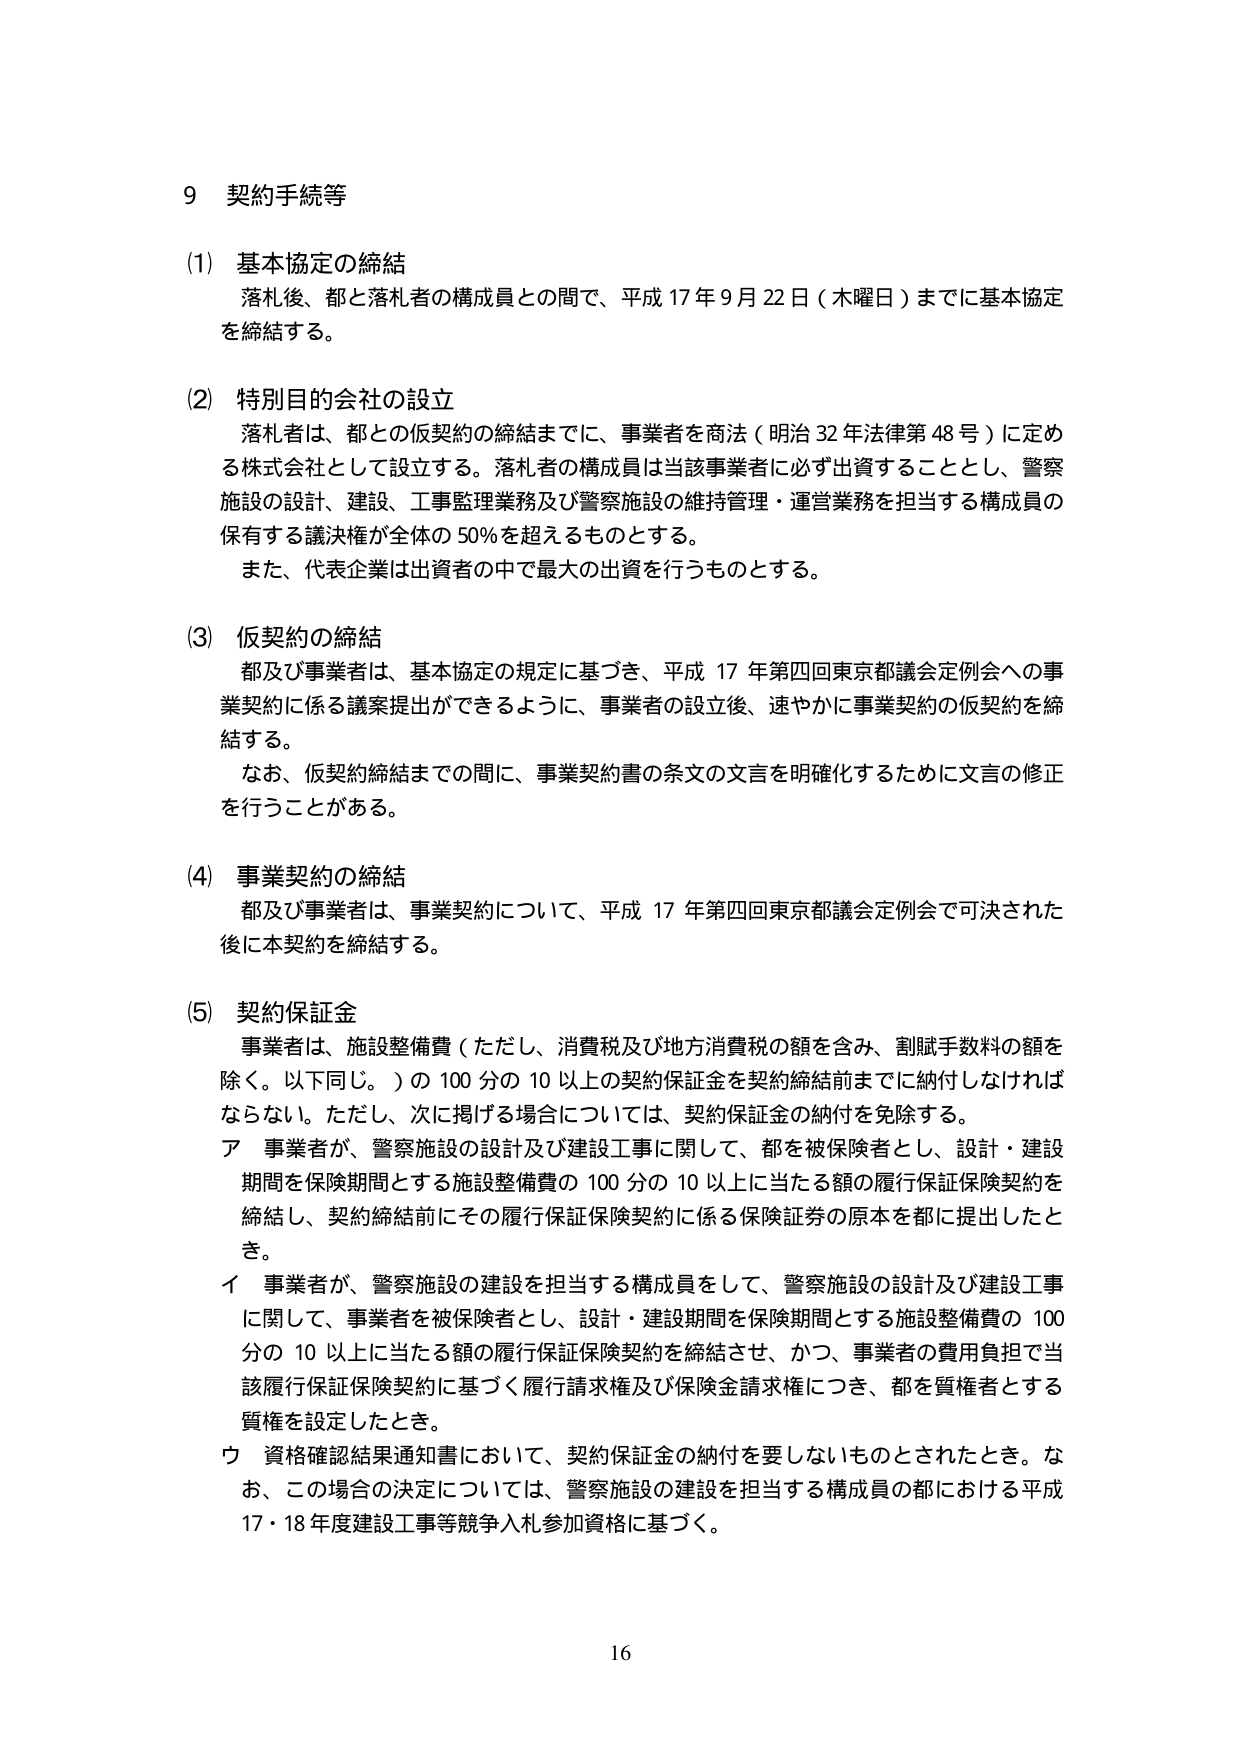
9 契約手続等

(1) 基本協定の締結
落札後、都と落札者の構成員との間で、平成17年9月22日（木曜日）までに基本協定を締結する。

(2) 特別目的会社の設立
落札者は、都との仮契約の締結までに、事業者を商法（明治32年法律第48号）に定める株式会社として設立する。落札者の構成員は当該事業者に必ず出資することとし、警察施設の設計、建設、工事監理業務及び警察施設の維持管理・運営業務を担当する構成員の保有する議決権が全体の50％を超えるものとする。
また、代表企業は出資者の中で最大の出資を行うものとする。

(3) 仮契約の締結
都及び事業者は、基本協定の規定に基づき、平成17年第4回東京都議会定例会への事業契約に係る議案提出ができるように、事業者の設立後、速やかに事業契約の仮契約を締結する。
なお、仮契約締結までの間に、事業契約書の条文の文言を明確化するために文言の修正を行うことがある。

(4) 事業契約の締結
都及び事業者は、事業契約について、平成17年第4回東京都議会定例会で可決された後に本契約を締結する。

(5) 契約保証金
事業者は、施設整備費（ただし、消費税及び地方消費税の額を含み、割賦手数料の額を除く。以下同じ。）の100分の10以上の契約保証金を契約締結前までに納付しなければならない。ただし、次に掲げる場合については、契約保証金の納付を免除する。
ア 事業者が、警察施設の設計及び建設工事に関して、都を被保険者とし、設計・建設期間を保険期間とする施設整備費の100分の10以上に当たる額の履行保証保険契約を締結し、契約締結前にその履行保証保険契約に係る保険証券の原本を都に提出したとき。
イ 事業者が、警察施設の建設を担当する構成員をして、警察施設の設計及び建設工事に関して、事業者を被保険者とし、設計・建設期間を保険期間とする施設整備費の100分の10以上に当たる額の履行保証保険契約を締結させ、かつ、事業者の費用負担で当該履行保証保険契約に基づく履行請求権及び保険金請求権につき、都を質権者とする質権を設定したとき。
ウ 資格確認結果通知書において、契約保証金の納付を要しないものとされたとき。なお、この場合の決定については、警察施設の建設を担当する構成員の都における平成17・18年度建設工事等競争入札参加資格に基づく。

16